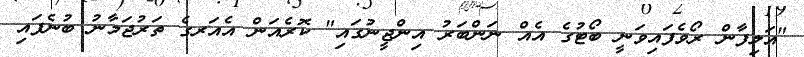
"އަލިފާން ރޯވެފައިވަނީ ބޯޓުގެ އެއް ނަންބަރު އިންޖީނުގައި" ކޮރެއަން އެއަރގެ ތަރުޖަމާނު ބުނެފައި